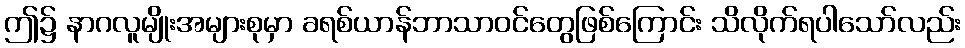
ဤ၌ နာဂလူမျိုးအများစုမှာ ခရစ်ယာန်ဘာသာဝင်တွေဖြစ်ကြောင်း သိလိုက်ရပါသော်လည်း